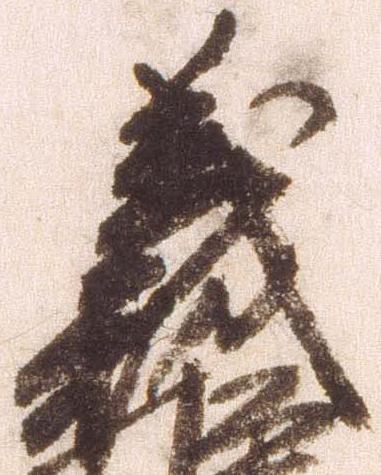
義